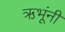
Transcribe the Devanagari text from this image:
ऋभूंनी